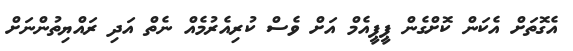
އެގޮތަށް އެކަން ކޮށްގެން ޕީޕީއެމް އަށް ވެސް ކުރިއެރުމެއް ނެތް އަދި ރައްޔިތުންނަށް